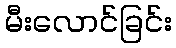
မီးလောင်ခြင်း